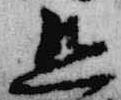
且